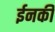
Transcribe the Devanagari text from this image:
ईनकी